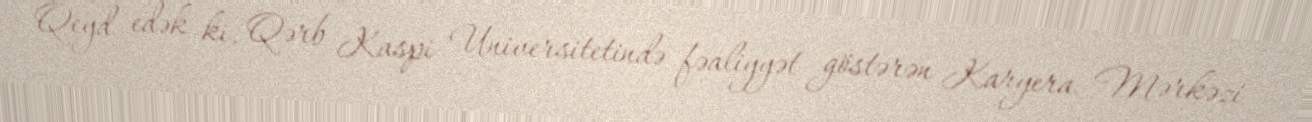
Qeyd edək ki, Qərb Kaspi Universitetində fəaliyyət göstərən Karyera Mərkəzi